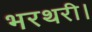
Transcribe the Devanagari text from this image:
भरथरी।